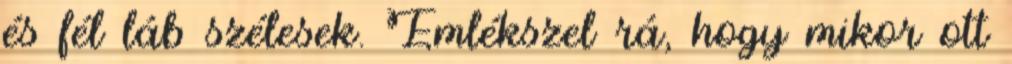
és fél láb szélesek. Emlékszel rá, hogy mikor ott